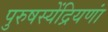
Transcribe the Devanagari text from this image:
पुरुषस्येंद्रियणां